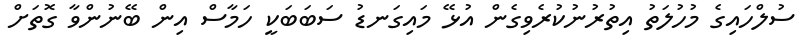
ސުލްހައިގެ މުހުލަތު އިތުރުނުކުރެވިގެން އުޅޭ މައިގަނޑު ސަބަބަކީ ހަމާސް އިން ބޭނުންވާ ގޮތަށް